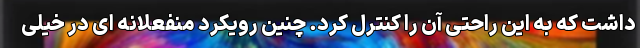
داشت که به این راحتی آن را کنترل کرد. چنین رویکرد منفعلانه ای در خیلی